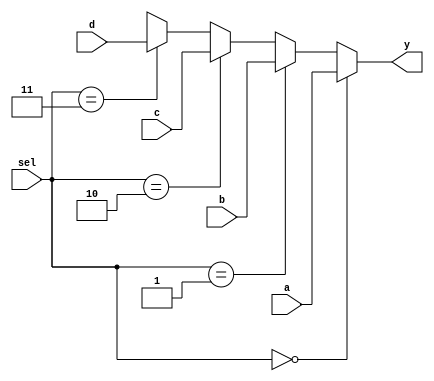
module mux41_if (sel, a, b, c, d, y);
    input  [1:0] sel;
    input  [3:0] a, b, c, d;
    output [3:0] y;
    reg    [3:0] y;

    always @(sel or a or b or c or d) begin // always @(sel, a, b, c, d)
        if      (sel == 2'b00) begin
            y = a;
        end
        else if (sel == 2'b01) begin
            y = b;
        end
        else if (sel == 2'b10) begin
            y = c;
        end
        else if (sel == 2'b11) begin
            y = d;
        end
        else begin
            y = 4'bx;
        end
    end
endmodule